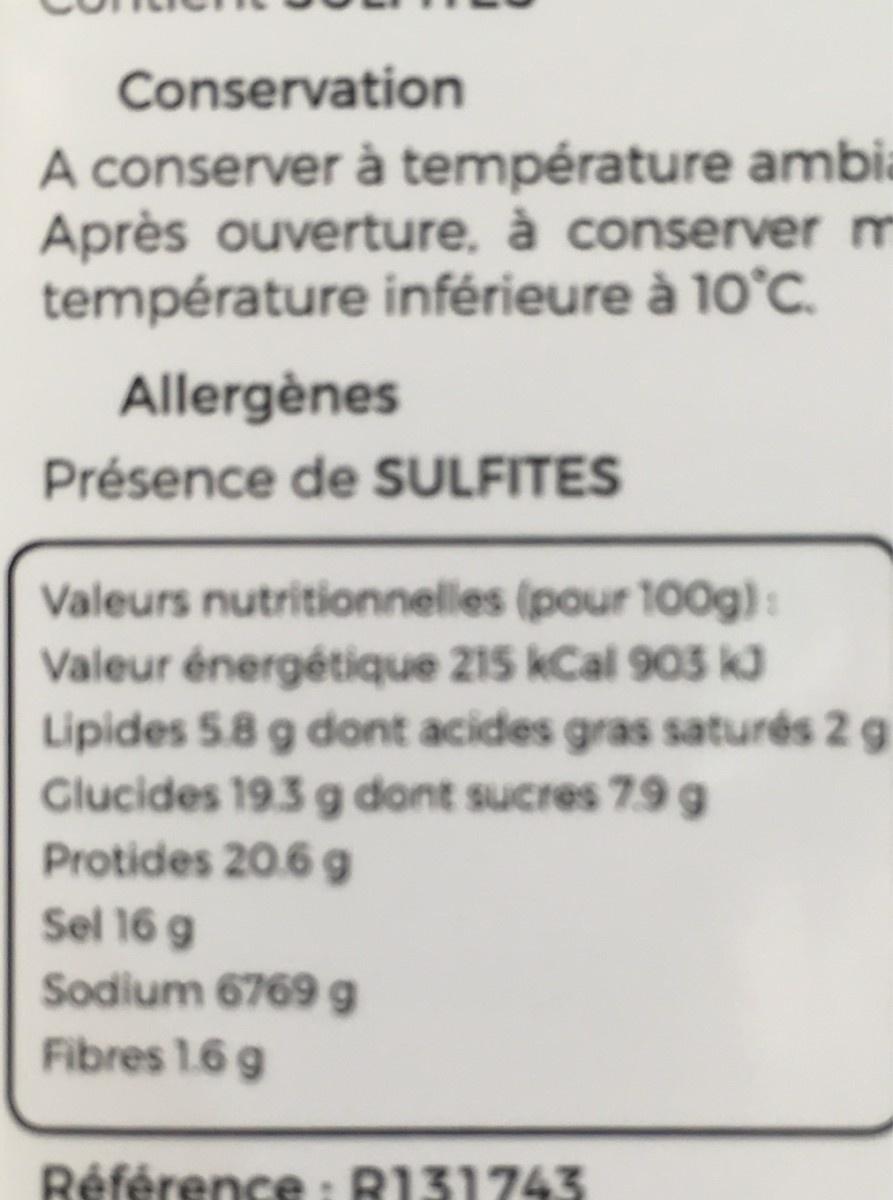
Conservation A conserver à température ambia Après ouverture, à conserver m température inférieure à 10°C. Allergènes Présence de SULFITES Valeurs nutritionnelles (pour 100g): Valeur énergétique 215 kCal 903 k3 Lipides 5.8 g dont acides gras saturés 2 g Glucides 19.3 g dont sucres 7.9 g Protides 20.6 g Sel 16 g Sodium 6769g Fibres 1.6 g Référence: R131743